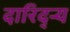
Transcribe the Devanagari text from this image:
दारिद्‌ऱ्य